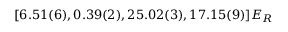
[ 6 . 5 1 ( 6 ) , 0 . 3 9 ( 2 ) , 2 5 . 0 2 ( 3 ) , 1 7 . 1 5 ( 9 ) ] E _ { R }